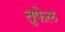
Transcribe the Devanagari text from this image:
तुफेल